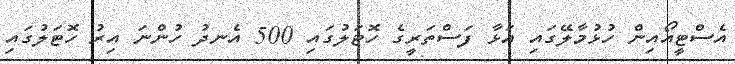
އެސްޓީއޯއިން ހުޅުމާލޭގައި އަޅާ ފަސްތަރީގެ ހޮޓަލުގައި 500 އެނދު ހުންނަ އިރު ހޮޓަލުގައި